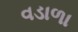
વડાળા